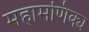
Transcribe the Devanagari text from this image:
महामणिक्य